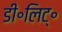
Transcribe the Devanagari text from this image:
डी॰लिट्॰